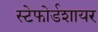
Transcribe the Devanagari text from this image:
स्टेफोर्डशायर